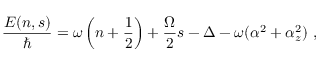
\frac { E ( n , s ) } { \hbar } = \omega \left( n + \frac { 1 } { 2 } \right) + \frac { \Omega } { 2 } s - \Delta - \omega ( \alpha ^ { 2 } + \alpha _ { z } ^ { 2 } ) \ ,